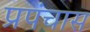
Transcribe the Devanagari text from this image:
प्रपंचास